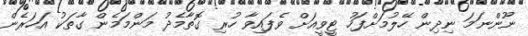
ނޫންނަމަ ނިދިން ހޭލުމަށްފަހު ޓީވީއަށް ވެފައިވާ ހުރި ގޮތާމެދު މަންމަމެން ގާތަކު އަހަރެން